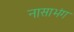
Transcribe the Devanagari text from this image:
नासाभंग